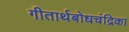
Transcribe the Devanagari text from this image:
गीतार्थबोधचंद्रिका